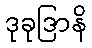
ဒုခုဒြာနိ